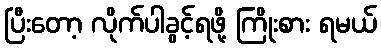
ပြီးတော့ လိုက်ပါခွင့်ရဖို့ ကြိုးစား ရမယ်